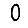
Digit: 0